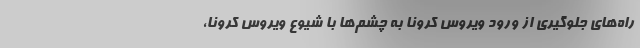
راه‌های جلوگیری از ورود ویروس کرونا به چشم‌ها با شیوع ویروس کرونا،